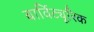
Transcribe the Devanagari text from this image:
बार्विट्यूरिक